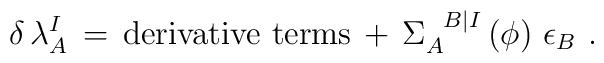
\delta \, \lambda_A^I \, = \,\mbox{derivative terms} \, + \,  \Sigma_{A}^{\phantom{A} B\vert I} \left( \phi \right) \,  \epsilon_B~.